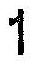
1